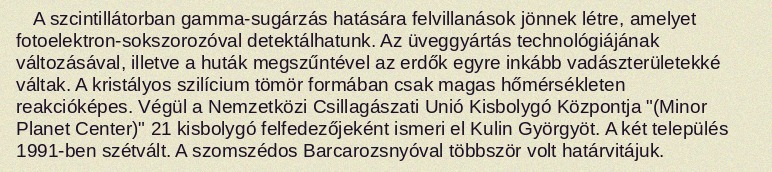
A szcintillátorban gamma-sugárzás hatására felvillanások jönnek létre, amelyet fotoelektron-sokszorozóval detektálhatunk. Az üveggyártás technológiájának változásával, illetve a huták megszűntével az erdők egyre inkább vadászterületekké váltak. A kristályos szilícium tömör formában csak magas hőmérsékleten reakcióképes. Végül a Nemzetközi Csillagászati Unió Kisbolygó Központja "(Minor Planet Center)" 21 kisbolygó felfedezőjeként ismeri el Kulin Györgyöt. A két település 1991-ben szétvált. A szomszédos Barcarozsnyóval többször volt határvitájuk.